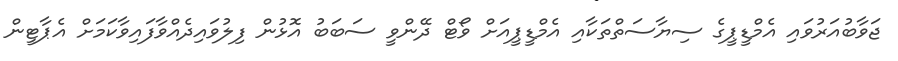
ޖަވާބުއަރުވައި އެމްޑީޕީގެ ސިޔާސަތްތަކާއި އެމްޑީޕީއަށް ވޯޓް ދޭންވީ ސަބަބު އޮޅުން ފިލުވައިދެއްވާފައިވާކަމަށް އެޕާޓީން